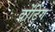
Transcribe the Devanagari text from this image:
वोंटिंग